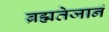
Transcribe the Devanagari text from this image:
ब्रह्मतेजानं